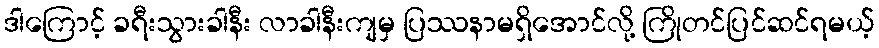
ဒါကြောင့် ခရီးသွားခါနီး လာခါနီးကျမှ ပြဿနာမရှိအောင်လို့ ကြိုတင်ပြင်ဆင်ရမယ့်